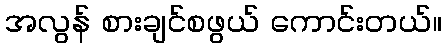
အလွန် စားချင်စဖွယ် ကောင်းတယ်။